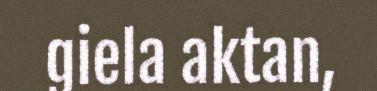
giela aktan,